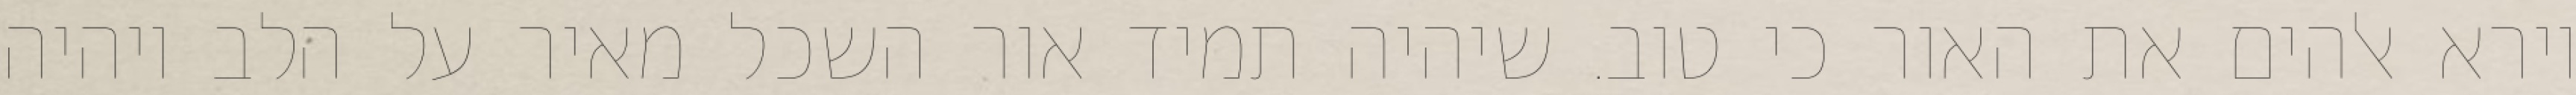
וירא אלהים את האור כי טוב. שיהיה תמיד אור השכל מאיר על הלב ויהיה